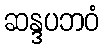
ဆန္ဒပဘဝံ